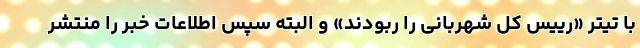
با تیتر «رییس کل شهربانی را ربودند» و البته سپس اطلاعات خبر را منتشر